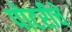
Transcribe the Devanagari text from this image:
पोटरीचे